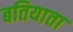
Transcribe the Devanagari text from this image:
बतियाता